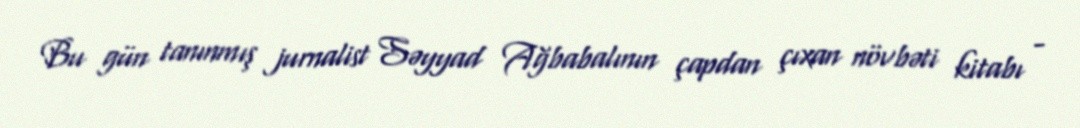
Bu gün tanınmış jurnalist Səyyad Ağbabalının çapdan çıxan növbəti kitabı -